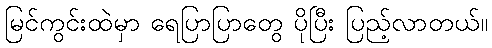
မြင်ကွင်းထဲမှာ ရေပြာပြာတွေ ပိုပြီး ပြည့်လာတယ်။